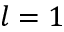
l = 1